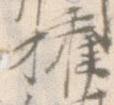
権